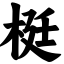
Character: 梃